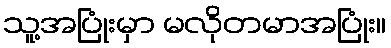
သူ့အပြုံးမှာ မလိုတမာအပြုံး။